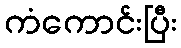
ကံကောင်းပြီး